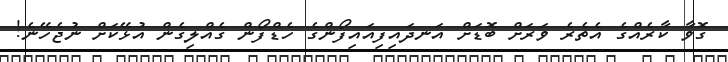
ގޮވާ ކާރެއްގެ އެތެރެ ވަރަށް ބޮޑަށް އަނދައިފިއައިފޯންގެ ހެޑްފޯން ގެއްލިގެން އުޅޭކަށް ނުޖެހޭނެ!